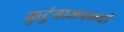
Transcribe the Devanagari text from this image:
कुटुंबाजवळची